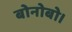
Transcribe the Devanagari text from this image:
बोनोबो।